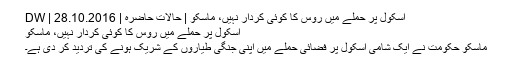
اسکول پر حملے میں روس کا کوئی کردار نہیں، ماسکو | حالات حاضرہ | DW | 28.10.2016
اسکول پر حملے میں روس کا کوئی کردار نہیں، ماسکو
ماسکو حکومت نے ایک شامی اسکول پر فضائی حملے میں اپنی جنگی طیاروں کے شریک ہونے کی تردید کر دی ہے۔